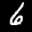
Label: 6